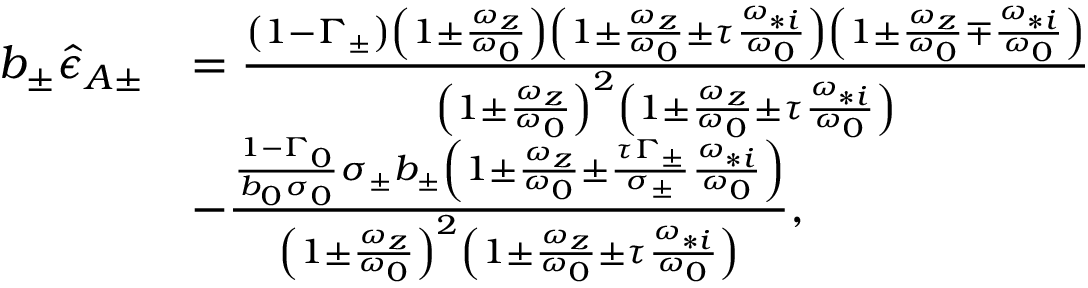
\begin{array} { r l } { b _ { \pm } \hat { \epsilon } _ { A \pm } } & { = \frac { \left( 1 - \Gamma _ { \pm } \right) \left( 1 \pm \frac { \omega _ { z } } { \omega _ { 0 } } \right) \left( 1 \pm \frac { \omega _ { z } } { \omega _ { 0 } } \pm \tau \frac { \omega _ { * i } } { \omega _ { 0 } } \right) \left( 1 \pm \frac { \omega _ { z } } { \omega _ { 0 } } \mp \frac { \omega _ { * i } } { \omega _ { 0 } } \right) } { \left( 1 \pm \frac { \omega _ { z } } { \omega _ { 0 } } \right) ^ { 2 } \left( 1 \pm \frac { \omega _ { z } } { \omega _ { 0 } } \pm \tau \frac { \omega _ { * i } } { \omega _ { 0 } } \right) } } \\ & { - \frac { \frac { 1 - \Gamma _ { 0 } } { b _ { 0 } \sigma _ { 0 } } \sigma _ { \pm } b _ { \pm } \left( 1 \pm \frac { \omega _ { z } } { \omega _ { 0 } } \pm \frac { \tau \Gamma _ { \pm } } { \sigma _ { \pm } } \frac { \omega _ { * i } } { \omega _ { 0 } } \right) } { \left( 1 \pm \frac { \omega _ { z } } { \omega _ { 0 } } \right) ^ { 2 } \left( 1 \pm \frac { \omega _ { z } } { \omega _ { 0 } } \pm \tau \frac { \omega _ { * i } } { \omega _ { 0 } } \right) } , } \end{array}